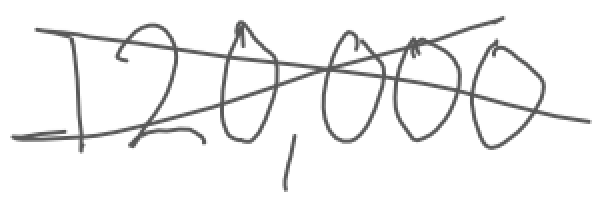
Text: 120,000
Cross-out: cross
Writing tool: digital_gray